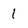
Character: 1